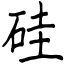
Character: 硅